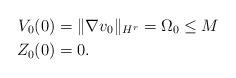
LaTeX: \begin{align*}V_0(0) &= \|\nabla v_0\|_{H^r} = \Omega_0 \leq M\\Z_0(0) &= 0.\end{align*}